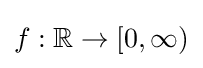
f:\mathbb {R} \to [0,\infty )